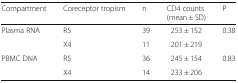
| Compartment | Coreceptor tropism | n | CD4 counts(mean ± SD) | P |
 | --- | --- | --- | --- | --- |
 | <ROWSPAN=2> Plasma RNA | R5 | 39 | 253 ± 152 | 0.38 |
 | X4 | 11 | 201 ± 219 |  |
 | <ROWSPAN=2> PBMC DNA | R5 | 36 | 245 ± 154 | 0.83 |
 | X4 | 14 | 233 ± 206 |  |